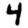
Digit: 4